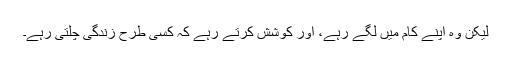
لیکن وہ اپنے کام میں لگے رہے، اور کوشش کرتے رہے کہ کسی طرح زندگی چلتی رہے۔